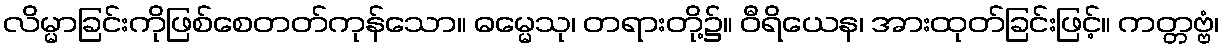
လိမ္မာခြင်းကိုဖြစ်စေတတ်ကုန်သော။ ဓမ္မေသု၊ တရားတို့၌။ ဝီရိယေန၊ အားထုတ်ခြင်းဖြင့်။ ကတ္တဗ္ဗံ၊